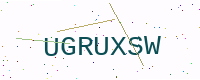
Text: UGRUXSW